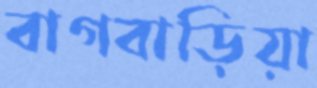
বাগবাড়িয়া